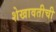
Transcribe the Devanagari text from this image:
शेखावतीची